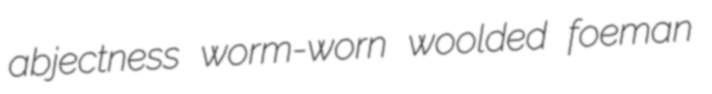
abjectness worm-worn woolded foeman